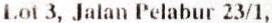
LOT 3, JALAN PELABUR 23/1,